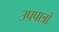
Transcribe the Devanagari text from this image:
उपपात्रों